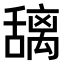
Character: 𫬎